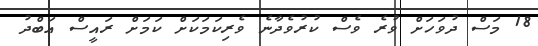
18 މަސް ދުވަހަށް ވުރެ ވެސް ކުރުވެދާނެ ވެރިކަމަކަށް ކަމަށް ރައީސް އަބްދު